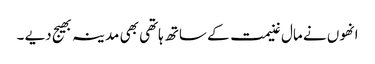
انھوں نے مال غنیمت کے ساتھ ہاتھی بھی مدینہ بھیج دیے ۔